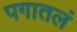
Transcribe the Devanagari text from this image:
पगातलं